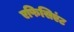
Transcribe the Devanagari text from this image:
एफिसिएंट